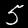
Digit: 5